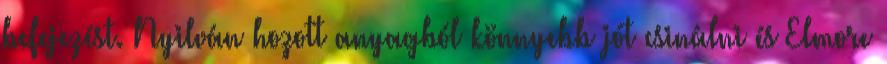
befejezést. Nyilván hozott anyagból könnyebb jót csinálni és Elmore